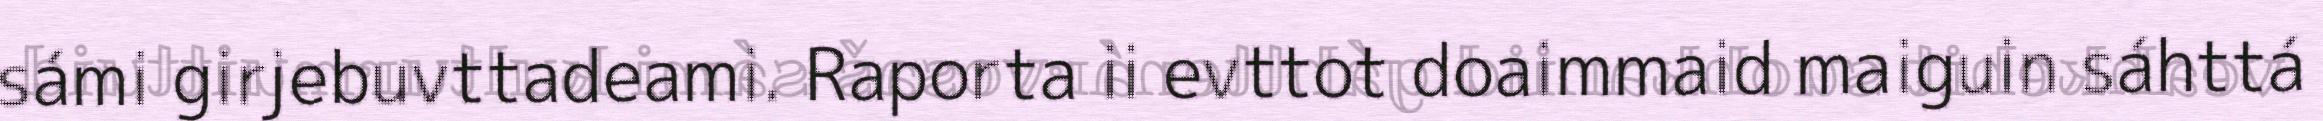
sámi girjebuvttadeami. Raporta ii evttot doaimmaid maiguin sáhttá